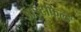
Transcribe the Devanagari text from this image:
आउटफिल्ड